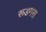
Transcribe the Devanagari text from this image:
रूडमस